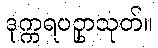
ဒုက္ကရပဥှာသုတ်။